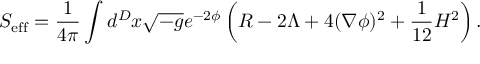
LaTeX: S _ { \mathrm { e f f } } = \frac { 1 } { 4 \pi } \int d ^ { D } x \sqrt { - g } e ^ { - 2 \phi } \left( R - 2 \Lambda + 4 ( \nabla \phi ) ^ { 2 } + \frac { 1 } { 1 2 } H ^ { 2 } \right) .